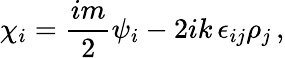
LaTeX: \chi_{i}=\frac{im}{2}\psi_{i}-2ik\, \epsilon_{ij}\rho_{j}\, ,